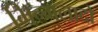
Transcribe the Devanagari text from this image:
मिन्गलादों